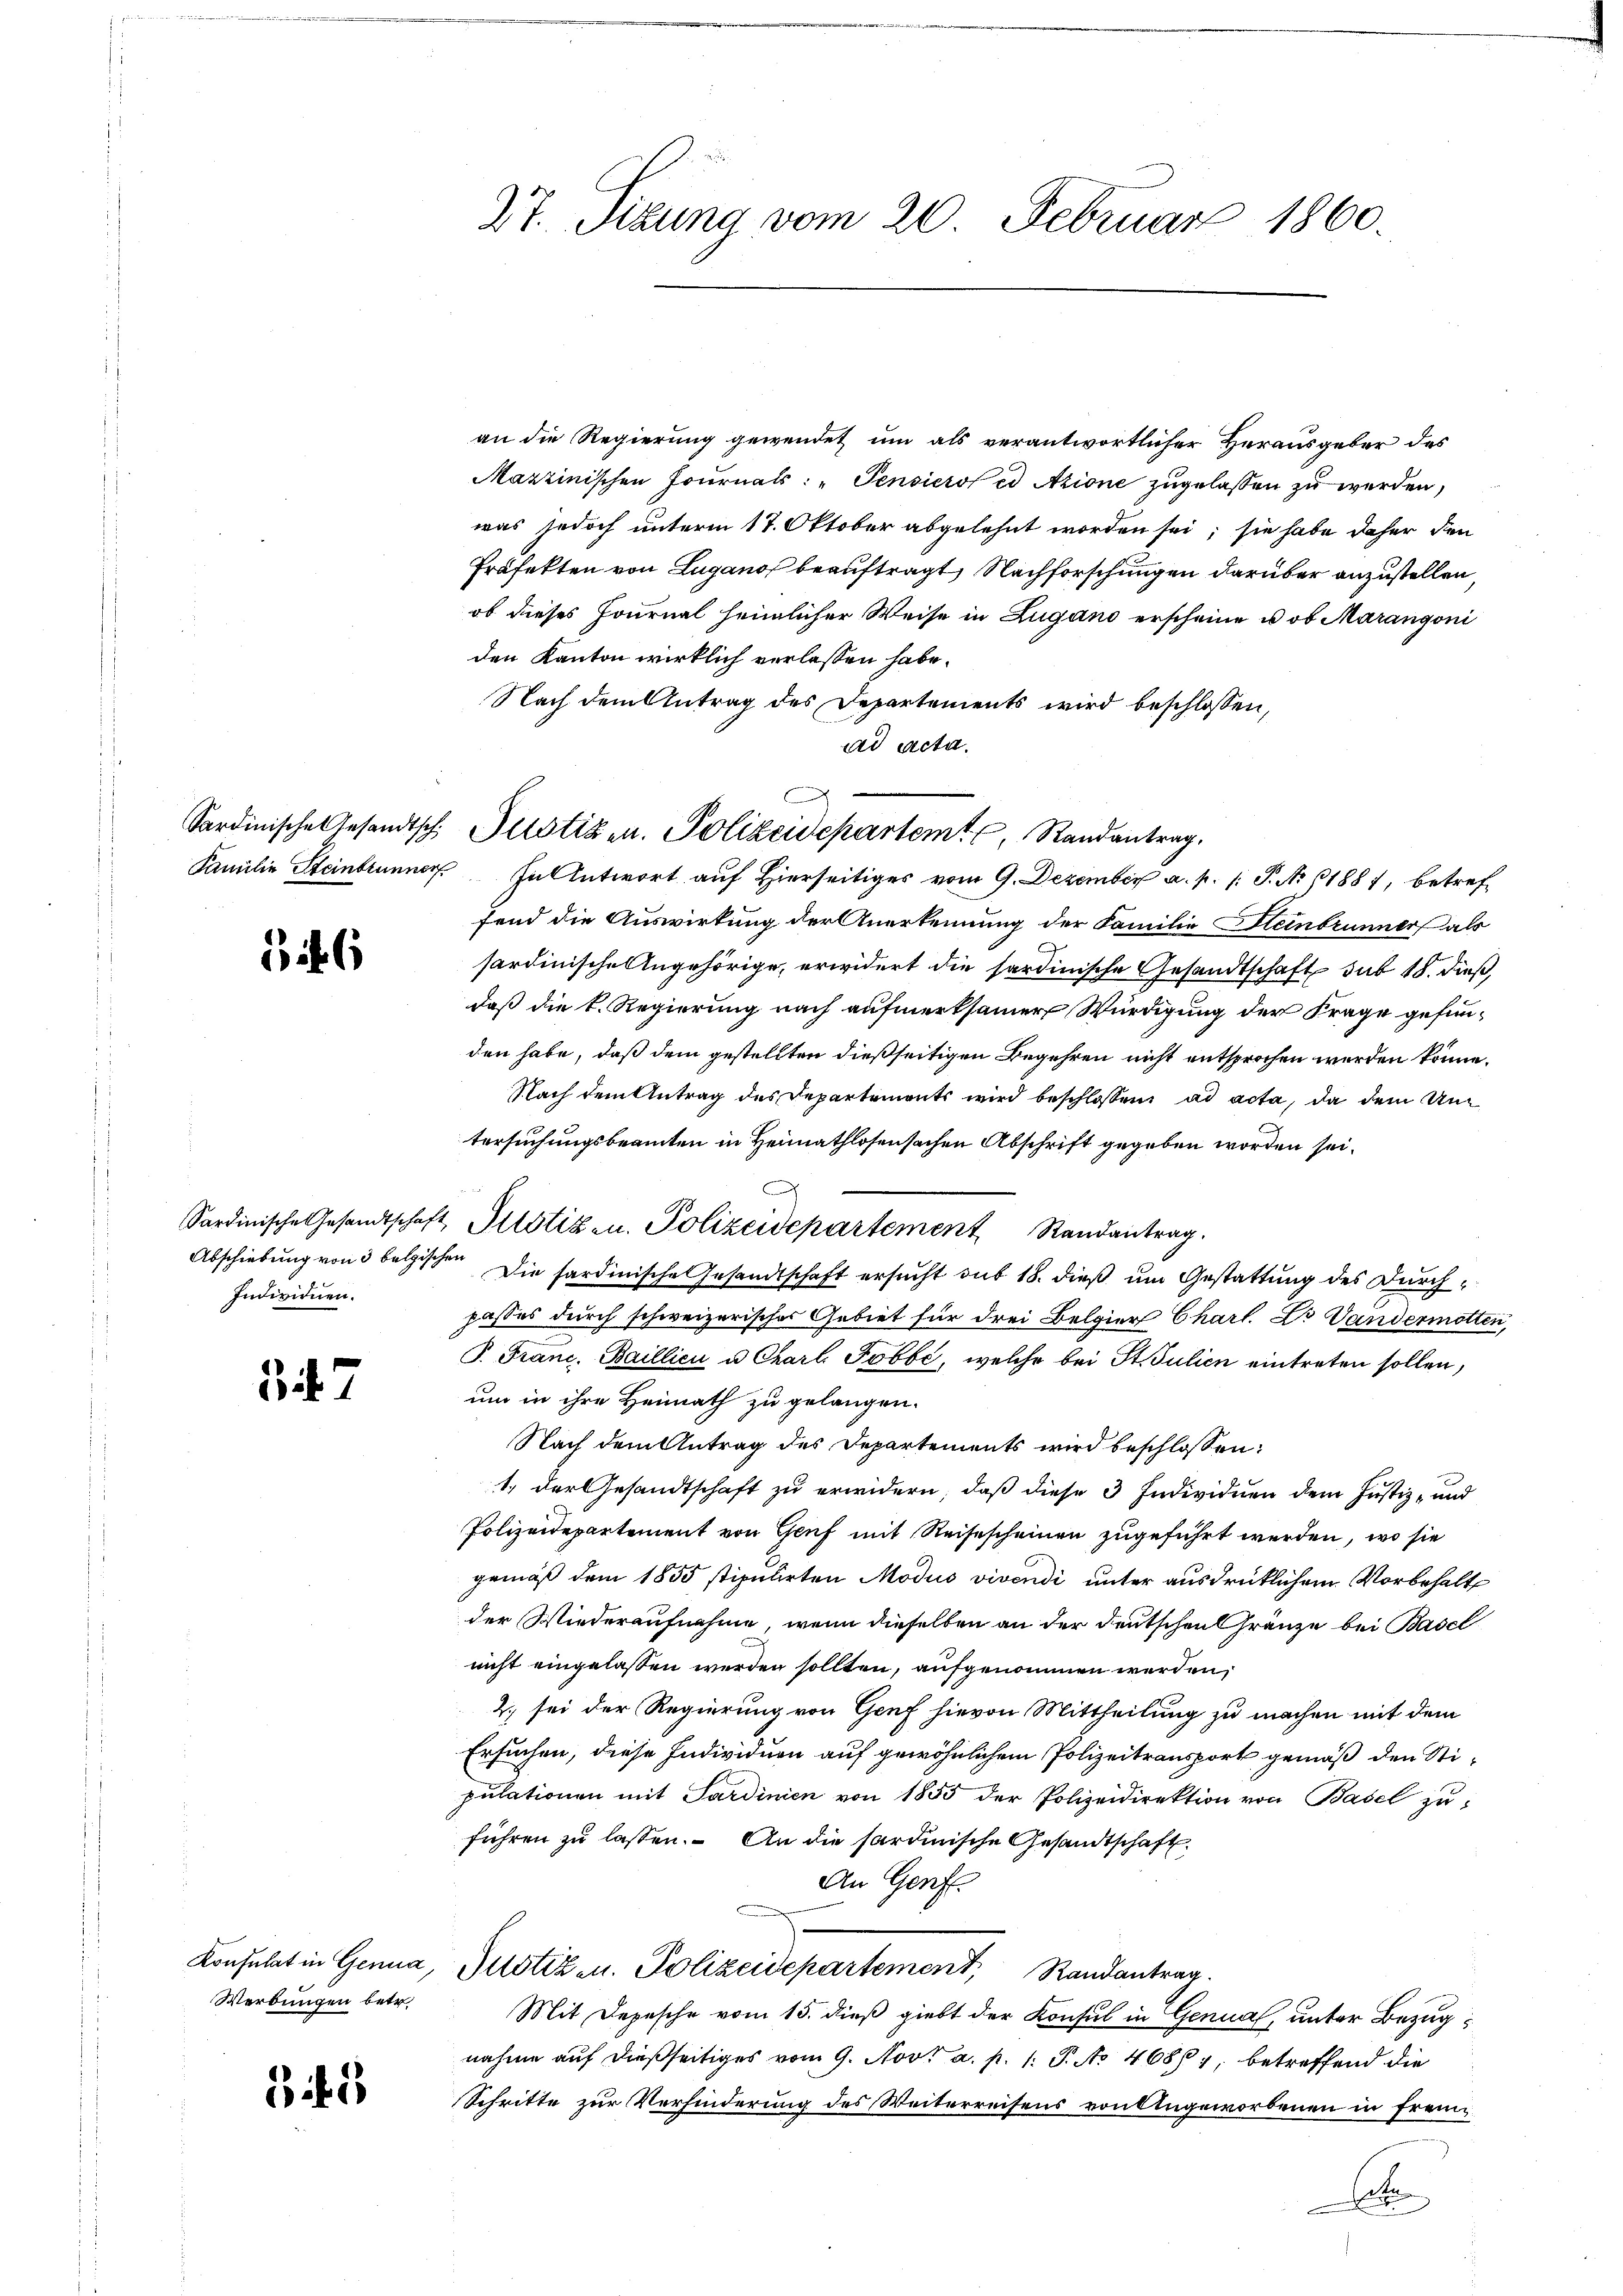
56

Sardinische Gesandtschaft
Individuen.

347

Konsulat in Genua,
Werbungen betr.

342

27. Sizung vom 20. Februar 1860.

Sardinische Gesandtsch. Justiz u. Polizeidepartem Randantrag.

an die Regierung gewendet um als verantwortlicher Herausgeber des
Mazzinischen Journals: „Pensieros et Arione zugelassen zu werden,
was jedoch unterm 17. Oktober abgelehnt worden sei; sie habe daher den
Präfekten von Lugano beauftragt, Nachforschungen darüber anzustellen,
ob dieses Journal heimlicher Weise in Lugano erscheine u. ob Marangoni
den Kanton wirklich verlassen habe.
Nach dem Antrag des Departements wird beschlossen,
ad Acta.
Familie Steinbrunner. In Antwort auf Hierseitiges vom 9. Dezember a. p. 1. P. Nr. 1881, betref
fend die Auswirkung der Anerkennung der Familie Heinbrunner als
sardinische Angehörige, erwidert die sardinische Gesandtschaft sub 15. dieß,
daß die k. Regierung nach aufmerksamer Würdigung der Frage gefunden habe, daß dem gestellten dießseitigen Begehren nicht entsprochen werden könne.
Nach dem Antrag des Departements wird beschlossen, ad acta, da dem Untersuchungsbeamten in Heimathlosensachen Abschrift gegeben worden sei.
Abschiebung von 3 belgischen Die sardinische Gesandtschaft ersucht sub 18. dieß um Gestattung des Durchpasses durch schweizerisches Gebiet für drei Belgier Charl. Er Vandermatten,
P. Franc, Baillici u Chart Tobbe, welche bei St. Julien eintreten sollen,
um in ihre Heimath zu gelangen.
Nach dem Antrag des Departements wird beschlossen:
1. der Gesandtschaft zu erwidern, daß diese 3 Individuen dem Justiz- und
Polizeidepartement von Genf mit Reisescheinen zugeführt werden, wo sie
gemäß dem 1855 stipulirten Modus vivendi unter ausdrücklichem Vorbehalt
der Wiederaufnahme, wenn dieselben an der deutschen Gränze bei Basel
nicht eingelassen werden sollten, aufgenommen werden,
2) sei der Regierung von Genf hievon Mittheilung zu machen mit dem
Ersuchen, diese Individuen auf gewöhnlichem Polizeitransport gemäß den Stipulationen mit Sardinien von 1855 der Polizeidirektion von Basel zu
führen zu lassen. An die sardinische Gesandtschaft
An Genf
Justiz- u. Polizeidepartement, Randantrag.
Mit Depesche vom 15. dieß giebt der Konsul in Genua, unter Bezugnahme auf dießseitiges vom 9. Novt a. p. 1. P. No 46867, betreffend die
Schritte zur Verhinderung des Weiterreisens von Angeworbenen in fremx

2. Justiz- u. Polizeidepartement Randantrag.